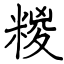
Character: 糉